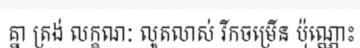
គ្នា ត្រង់ លក្ខណៈ លូតលាស់ រីកចម្រើន ប៉ុណ្ណោះ